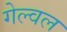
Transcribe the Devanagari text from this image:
गेल्वल